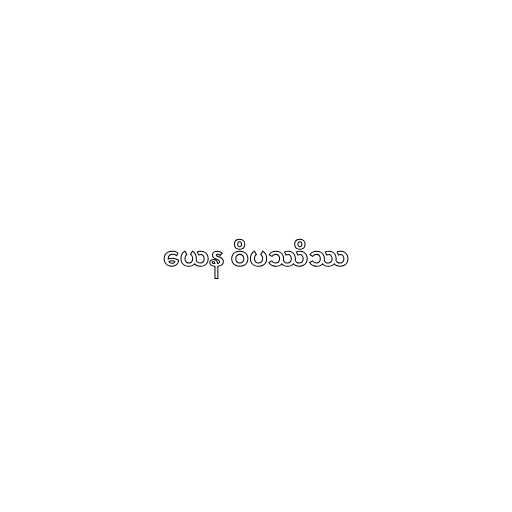
ယေန ဝိပဿိဿ